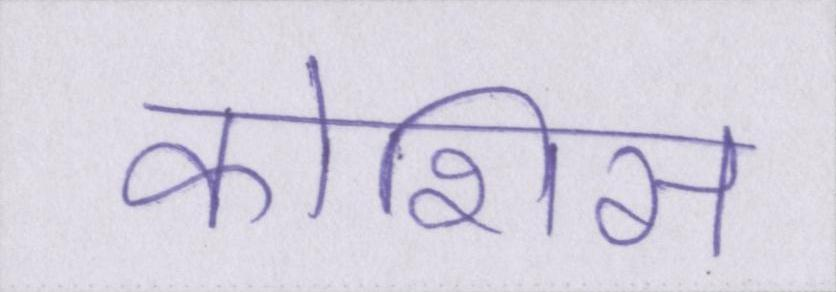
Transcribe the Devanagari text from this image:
कोशिस